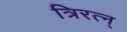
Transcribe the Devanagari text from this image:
त्रिरत्न्